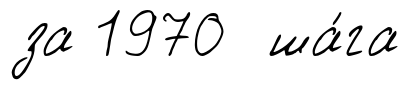
за 1970 ша́га